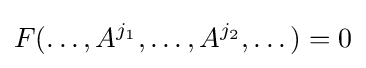
F(\dots ,A^{j_{1}},\dots ,A^{j_{2}},\dots )=0